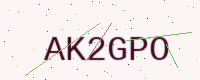
Text: AK2GPO